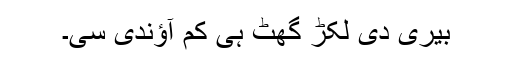
بیری دی لکڑ گھٹ ہی کم آؤندی سی۔